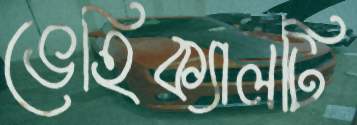
ভেহিক্যালটি